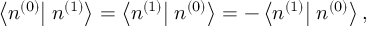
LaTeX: \left\langle n ^ { ( 0 ) } \right| \left. n ^ { ( 1 ) } \right\rangle = \left\langle n ^ { ( 1 ) } \right| \left. n ^ { ( 0 ) } \right\rangle = - \left\langle n ^ { ( 1 ) } \right| \left. n ^ { ( 0 ) } \right\rangle ,